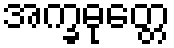
အက္ခဓုတ္တေ